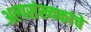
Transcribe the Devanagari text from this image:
अल्पसंख्यकांचे